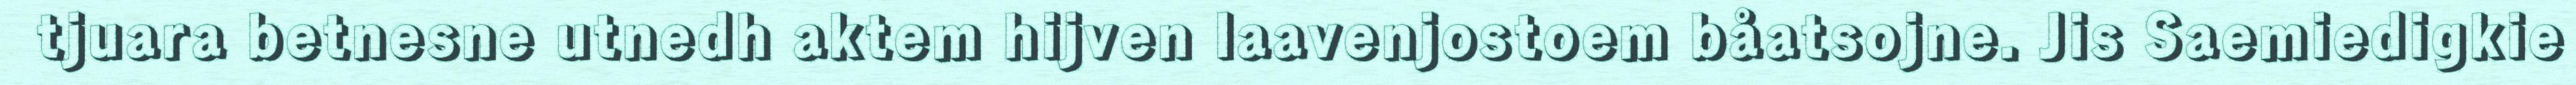
tjuara betnesne utnedh aktem hijven laavenjostoem båatsojne. Jis Saemiedigkie